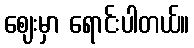
ဈေးမှာ ရောင်းပါတယ်။